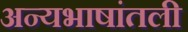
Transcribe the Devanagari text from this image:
अन्यभाषांतली